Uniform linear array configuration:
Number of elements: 32
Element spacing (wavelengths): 0.75
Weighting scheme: exponential
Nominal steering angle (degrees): -45
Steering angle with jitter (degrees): -43.099
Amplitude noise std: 0.05
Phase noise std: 0.05

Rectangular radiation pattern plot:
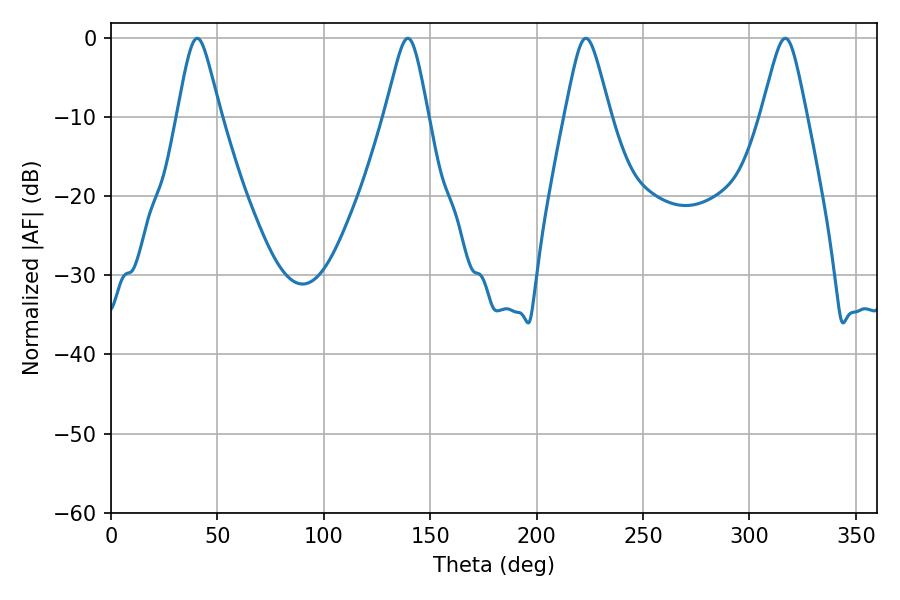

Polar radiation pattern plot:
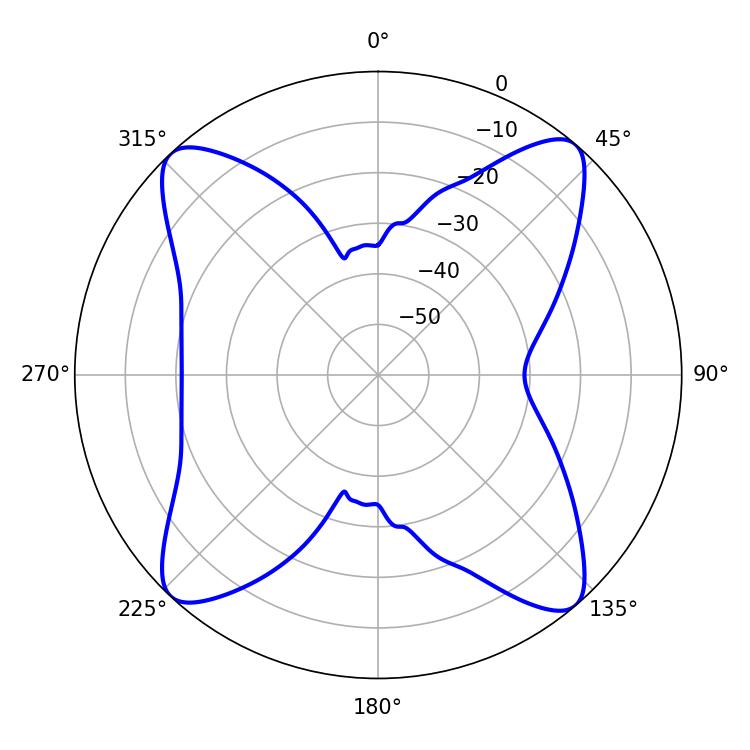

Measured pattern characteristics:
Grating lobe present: TRUE
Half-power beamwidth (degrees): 9.72
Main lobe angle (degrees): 40.5